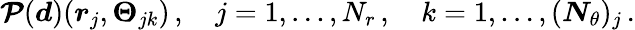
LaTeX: \boldsymbol{\mathcal{P}}(\boldsymbol{d})(\boldsymbol{r}_{j},\boldsymbol{\Theta}_{jk})\, ,\quad j=1,\dots,N_{r}\, ,\quad k=1,\dots,(\boldsymbol{N}_{\theta})_{j}\, .